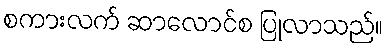
စကားလက် ဆာလောင်စ ပြုလာသည်။